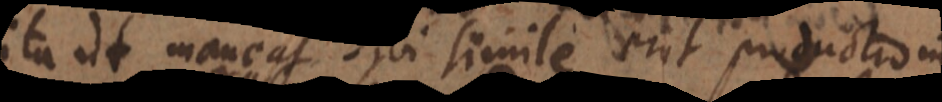
ita ut maneat sibi simile erit productio